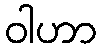
ဝါဟာ